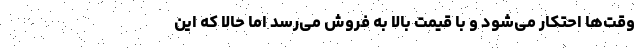
وقت‌ها احتکار می‌شود و با قیمت بالا به فروش می‌رسد اما حالا که این